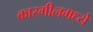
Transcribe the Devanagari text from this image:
कारगीलमध्ये